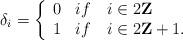
LaTeX: \begin{align*}\delta_{i}= \left\{ \begin{array}{ll} 0 & if \quad i \in 2{\bf Z } \\ 1 & if \quad i \in 2{\bf Z }+1 . \end{array} \right.\end{align*}